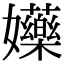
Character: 𡤤